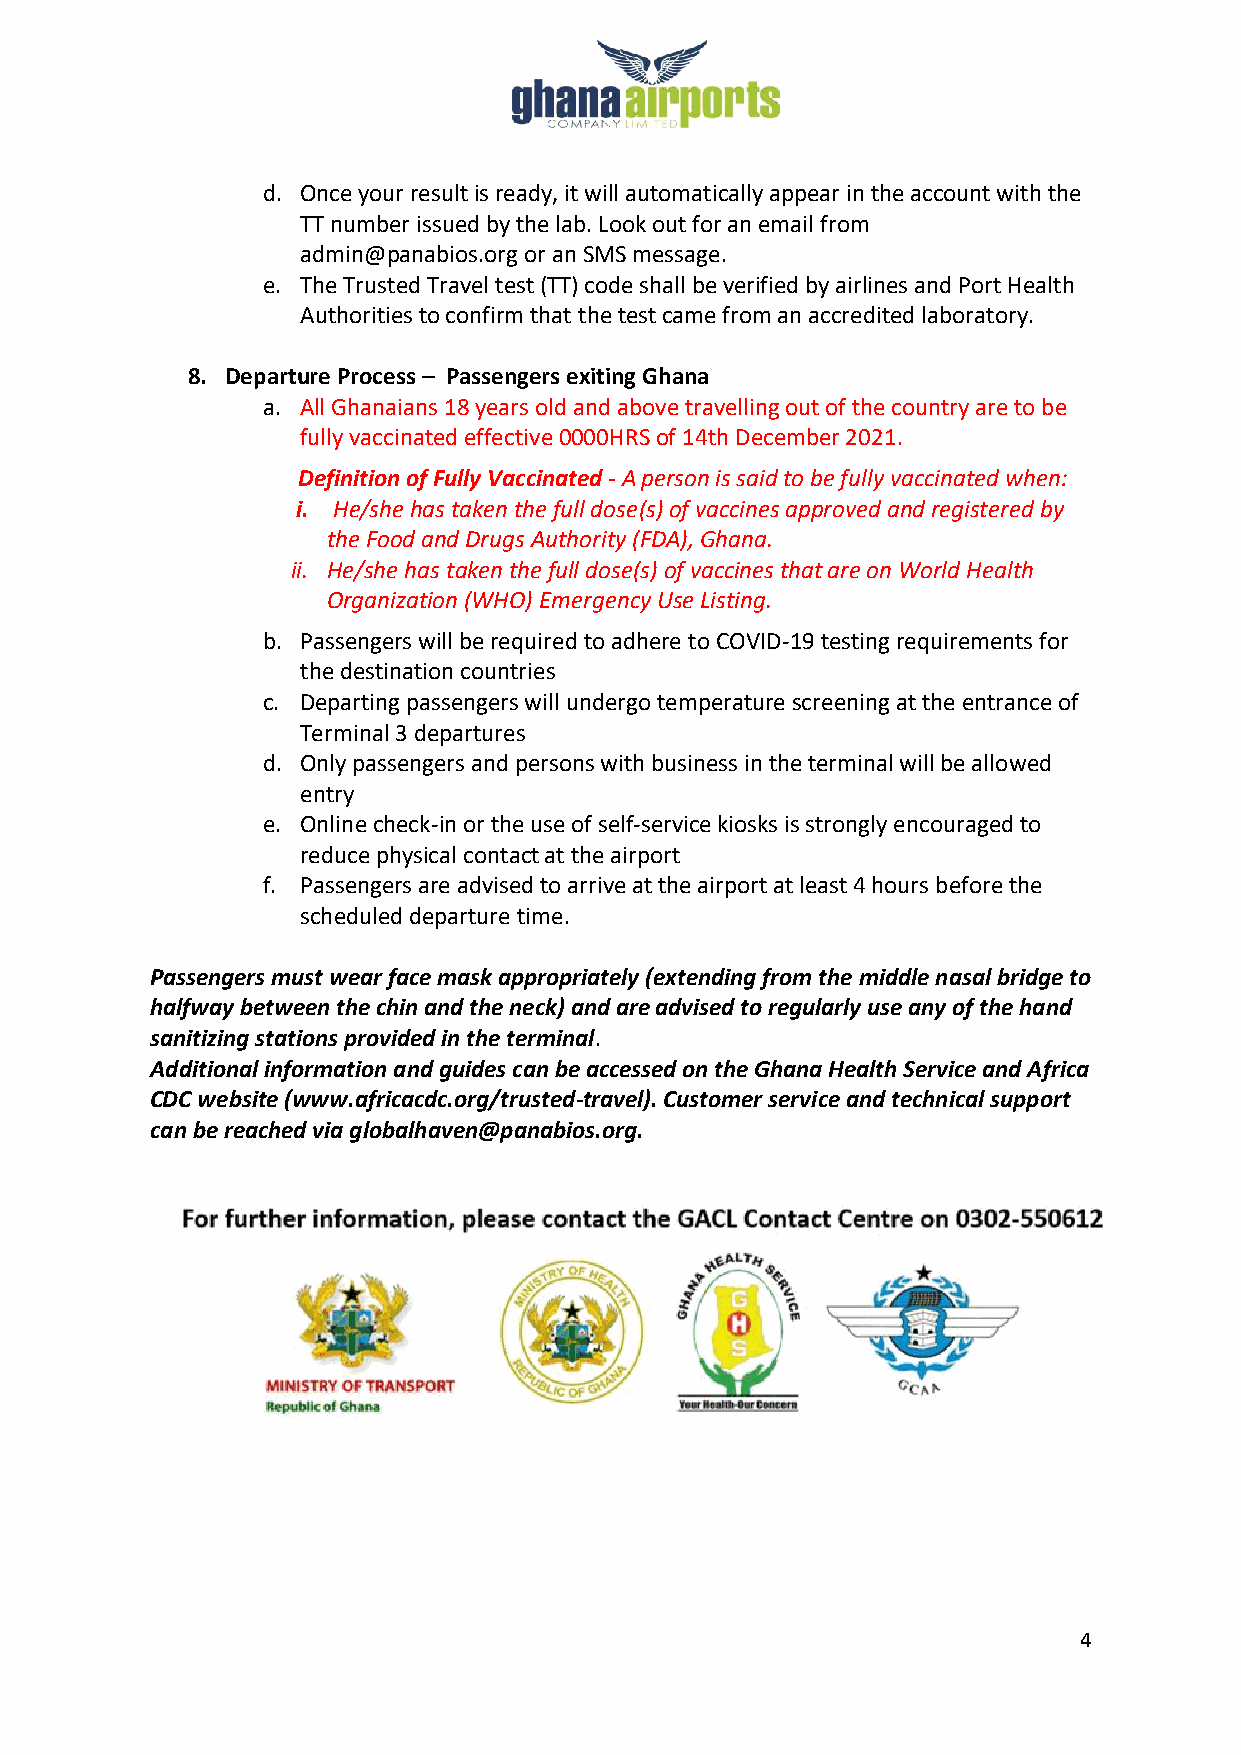
d. Once your result is ready, it will automatically appear in the account with the
 TT number issued by the lab. Look out for an email from
 admin@panabios.org or an SMS message.
 e. The Trusted Travel test (TT) code shall be verified by airlines and Port Health
 Authorities to confirm that the test came from an accredited laboratory.
 8. Departure Process – Passengers exiting Ghana
 a. All Ghanaians 18 years old and above travelling out of the country are to be
 fully vaccinated effective 0000HRS of 14th December 2021.
 Definition of Fully Vaccinated - A person is said to be fully vaccinated when:
 i. He/she has taken the full dose(s) of vaccines approved and registered by
 the Food and Drugs Authority (FDA), Ghana.
 ii. He/she has taken the full dose(s) of vaccines that are on World Health
 Organization (WHO) Emergency Use Listing.
 b. Passengers will be required to adhere to COVID-19 testing requirements for
 the destination countries
 c. Departing passengers will undergo temperature screening at the entrance of
 Terminal 3 departures
 d. Only passengers and persons with business in the terminal will be allowed
 entry
 e. Online check-in or the use of self-service kiosks is strongly encouraged to
 reduce physical contact at the airport
 f. Passengers are advised to arrive at the airport at least 4 hours before the
 scheduled departure time.
 Passengers must wear face mask appropriately (extending from the middle nasal bridge to
 halfway between the chin and the neck) and are advised to regularly use any of the hand
 sanitizing stations provided in the terminal.
 Additional information and guides can be accessed on the Ghana Health Service and Africa
 CDC website (www.africacdc.org/trusted-travel). Customer service and technical support
 can be reached via globalhaven@panabios.org.
 4